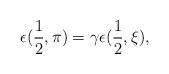
LaTeX: \begin{align*}\epsilon(\frac{1}{2},\pi) = \gamma\epsilon(\frac{1}{2},\xi), \end{align*}